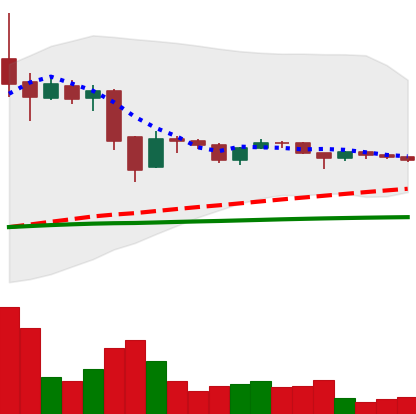
Ticker: BTC-USD
Chart end date: 2015-11-24
Forward return: 16.013%
Label: up_7plus